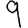
Digit: 9